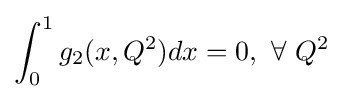
\int _{0}^{1}g_{2}(x,Q^{2})dx=0,~\forall ~Q^{2}